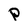
Character: P